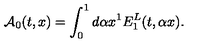
{ \cal A } _ { 0 } ( t , x ) = \int _ { 0 } ^ { 1 } { d \alpha } x ^ { 1 } E _ { 1 } ^ { L } ( t , \alpha x ) .